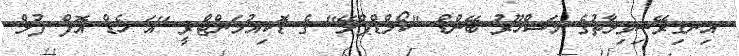
އިނގިރޭސިވިލާތުގެ މަޝްހޫރު ބޭންޑް "ކޯލްޑްޕްލޭ" ގެ ޑޮކިއުމަންޓްރީ "އަ ހެޑް އޮފް ފުލް